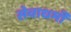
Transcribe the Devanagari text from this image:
सेवाधर्मी